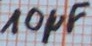
Text: 10µF